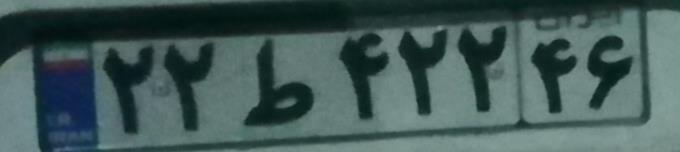
۲۲ط۴۲۲۴۶